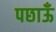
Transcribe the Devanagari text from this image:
पछाऊँ